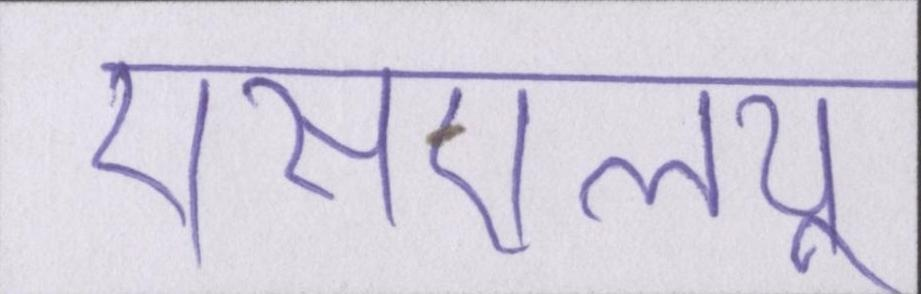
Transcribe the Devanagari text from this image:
एसएलयू